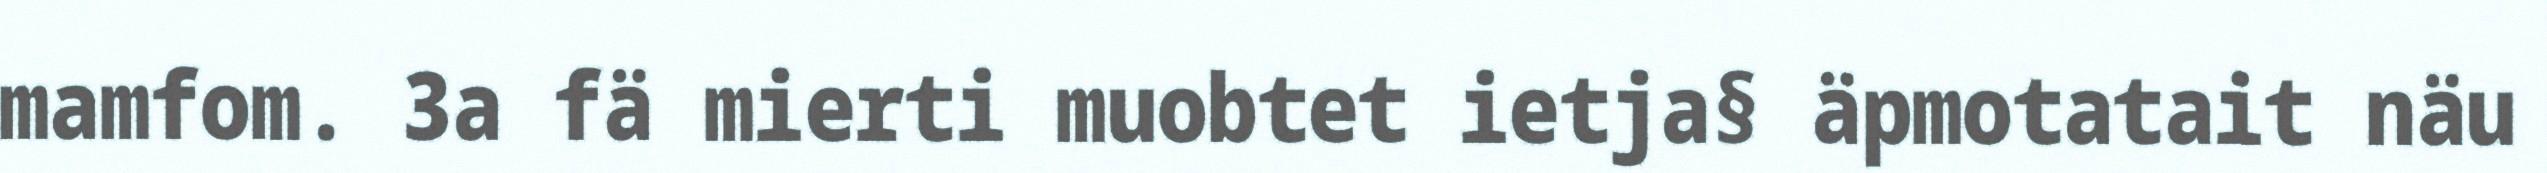
mamfom. 3a fä mierti muobtet ietja§ äpmotatait näu